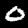
Label: 0